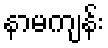
နာမကျန်း